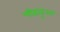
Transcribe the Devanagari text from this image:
चीहाहुआ